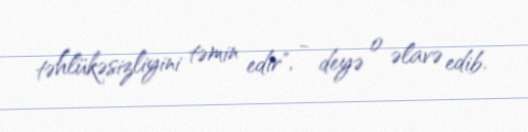
təhlükəsizliyini təmin edir", - deyə o əlavə edib.